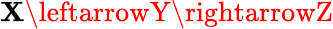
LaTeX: \mathbf{X}\leftarrowY\rightarrowZ